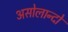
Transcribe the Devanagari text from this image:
असोलान्दो